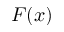
F ( x )